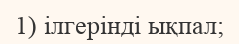
1) ілгерінді ықпал;